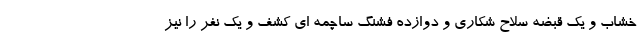
خشاب و یک قبضه سلاح شکاری و دوازده فشنگ ساچمه ای کشف و یک نفر را نیز